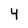
Character: 4